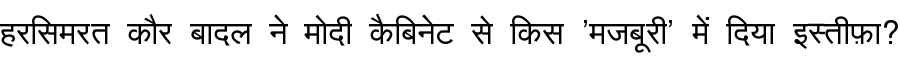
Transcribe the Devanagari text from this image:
हरसिमरत कौर बादल ने मोदी कैबिनेट से किस 'मजबूरी' में दिया इस्तीफ़ा?